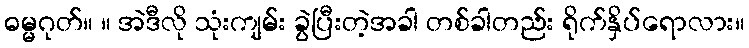
ဓမ္မဂုတ်။ ။ အဲဒီလို သုံးကျမ်း ခွဲပြီးတဲ့အခါ တစ်ခါတည်း ရိုက်နှိပ်ရောလား။